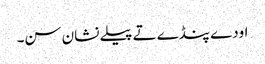
اودے پنڈے تے پیلے نشان سن۔